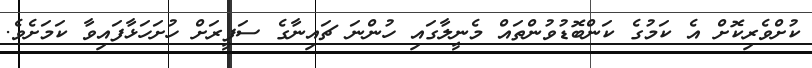
ކުށްވެރިކޮށް އެ ކަމުގެ ކަންބޮޑުވުންތައް މެނީލާގައި ހުންނަ ޗައިނާގެ ސަފީރަށް ހުށަހަޅާފައިވާ ކަމަށެވެ.